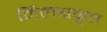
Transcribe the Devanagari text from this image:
निलयकृत